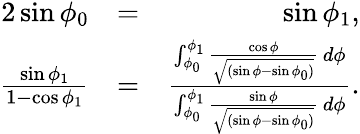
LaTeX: \begin{array}{rlr}{2\sin\phi_{0}}&{=}&{\sin\phi_{1},}\\ {\frac{\sin\phi_{1}}{1-\cos\phi_{1}}}&{=}&{\frac{\int_{\phi_{0}}^{\phi_{1}}\frac{\cos\phi}{\sqrt{(\sin\phi-\sin\phi_{0})}}\, d\phi}{\int_{\phi_{0}}^{\phi_{1}}\frac{\sin\phi}{\sqrt{(\sin\phi-\sin\phi_{0})}}\, d\phi}.}\end{array}